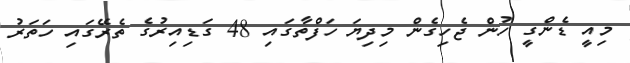
މިއީ ޑެންގީ ހުން ޖެހިގެން މިދިޔަ ހަފްތާގައި 48 ގަޑިއިރުގެ ތެރޭގައި ހަތަރު